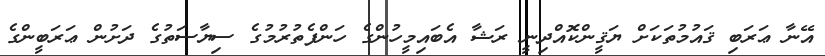
އޭނާ ޢަރަބި ޤައުމުތަކަށް ޔަޤީންކޮއްދިނީ ރަޝާ އެބައިމީހުންގެ ހަންފެތުރުމުގެ ސިޔާސަތުގެ ދަށުން ޢަރަބީންގެ